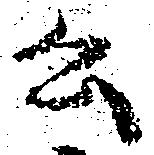
公